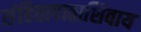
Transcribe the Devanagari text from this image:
संहितापाठाशिवाय